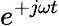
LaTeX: e^{+j\omega t}